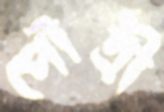
পৌত্রী